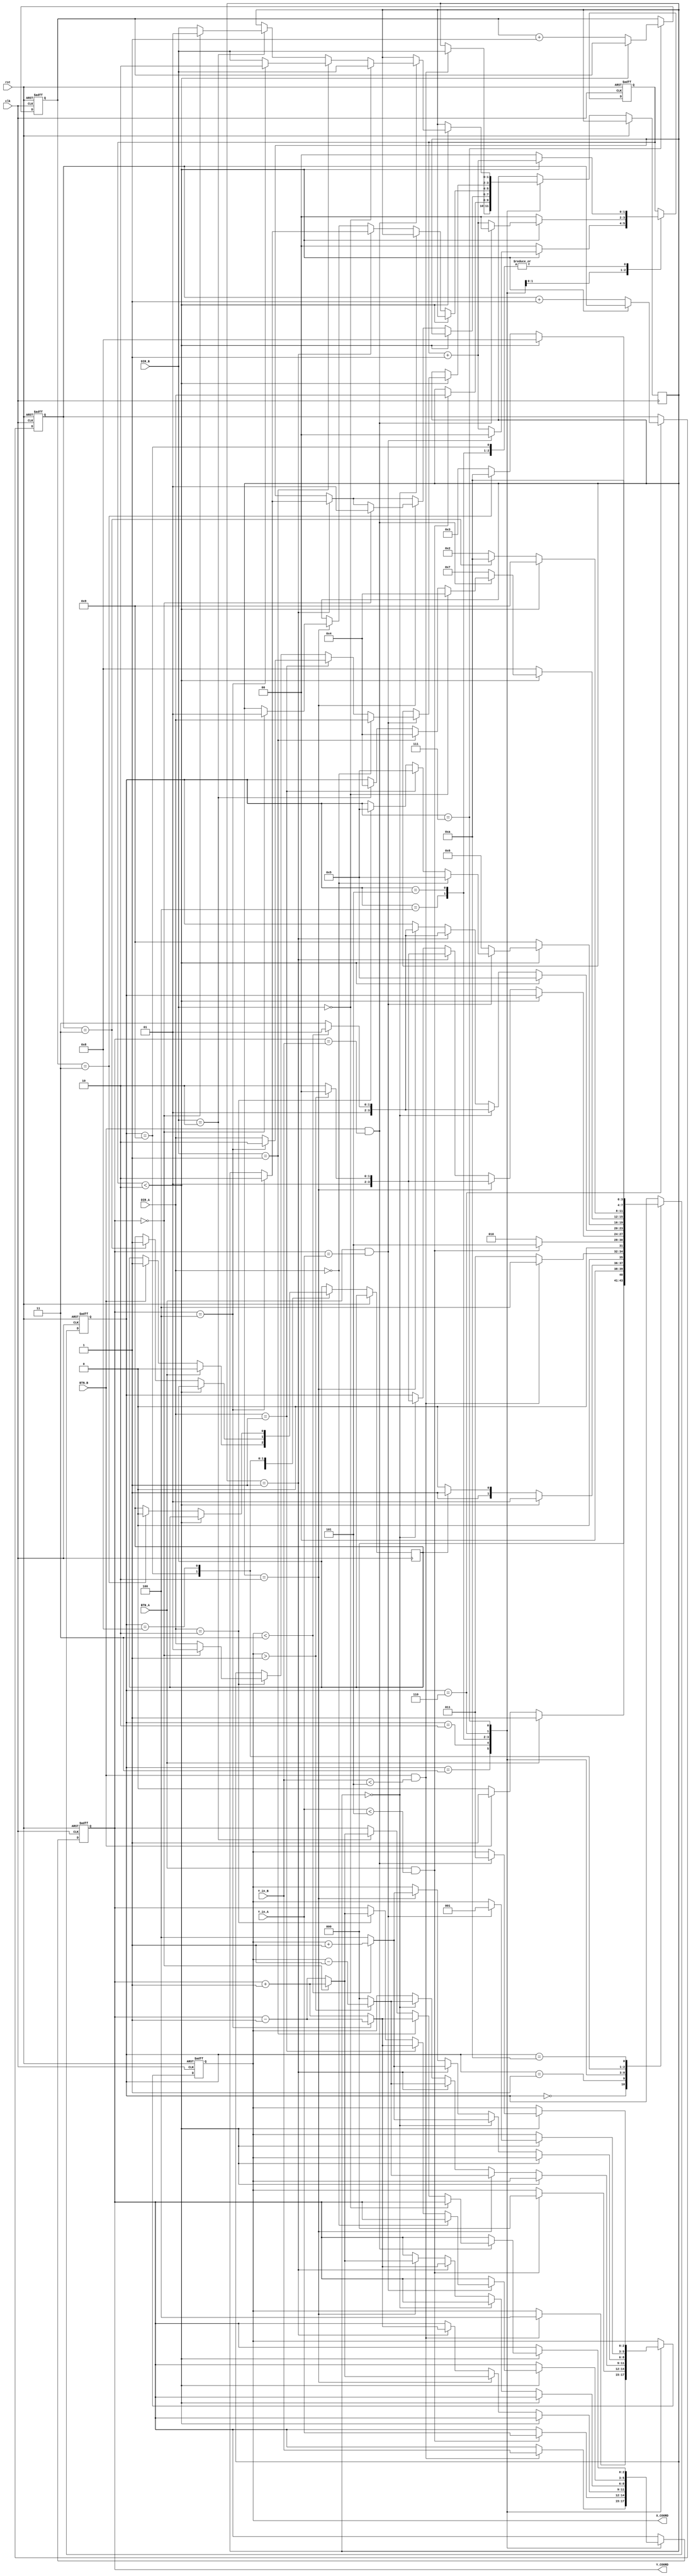
module hockey(

    input clk,
    input rst,
    
    input BTN_A,
    input BTN_B,
    
    input [1:0] DIR_A,
    input [1:0] DIR_B,
    
    input [2:0] Y_in_A,
    input [2:0] Y_in_B,
   
    /*output reg LEDA,
    output reg LEDB,
    output reg [4:0] LEDX,
    
    output reg [6:0] SSD7,
    output reg [6:0] SSD6,
    output reg [6:0] SSD5,
    output reg [6:0] SSD4, 
    output reg [6:0] SSD3,
    output reg [6:0] SSD2,
    output reg [6:0] SSD1,
    output reg [6:0] SSD0   */
	
	output reg [2:0] X_COORD,
	output reg [2:0] Y_COORD


  
  

    );

    parameter [3:0] IDLE = 0;
    parameter [3:0] DISP = 1;
    parameter [3:0] HIT_A = 2;
    parameter [3:0] HIT_B = 3;
    parameter [3:0] SEND_A = 4;
    parameter [3:0] SEND_B = 5; 
    parameter [3:0] RESP_A = 6;
    parameter [3:0] RESP_B = 7;
    parameter [3:0] GOAL_A = 8;
    parameter [3:0] GOAL_B = 9;
    parameter [3:0] END_state = 10;


    
    reg Turn;
    reg [1:0] Timer;
    reg [1:0] direction_Y;
    reg [1:0] Score_A;
    reg [1:0] Score_B;


    reg [3:0] State; 

    
    
    
    
    


    always @(posedge clk or posedge rst) //comb. part for state transitions
    begin

        if(rst) begin
            State <= IDLE;
            
            Timer <= 0;
            
            
            Score_A <= 0;
            Score_B <= 0;
            X_COORD <= 0;
            Y_COORD <= 0;


            
        end



        else begin
            
        
        case(State)
        IDLE:
        begin

        if(BTN_A  == 1)
        begin
            Turn<= 0;
            State <= DISP; 
        end

        else if(BTN_B == 1)begin
            Turn<= 1;  
            State <= DISP; 
        end

        else begin
            State <=IDLE ;
        end
        end


        DISP:
        begin
            if(Timer < 2) begin
                Timer <= Timer + 1;
                State <= DISP; 
            end

            else begin
                Timer <= 0 ;

                if(Turn == 1)begin
                    State <= HIT_B; 
                end

                else begin
                    State <= HIT_A; 
                end

            end

        end


        HIT_B: begin

        if(BTN_B == 1 && (Y_in_B <5)) begin
            X_COORD <= 4;
            Y_COORD <= Y_in_B;
            direction_Y <= DIR_B;
            State <= SEND_A; 
            
        end

        else begin
            State <= HIT_B; 
        end
        end

        HIT_A: begin

        if(BTN_A == 1 && (Y_in_A < 5)) begin
            X_COORD <= 0;
            Y_COORD <= Y_in_A;
            direction_Y <= DIR_A;
            State <= SEND_B; 

        end

        else begin
            State <= HIT_A; 
        end
        end

        SEND_A:  begin
            if(Timer < 2)begin
                Timer <= Timer + 1;
            end

            else begin
               Timer <= 0;

               if(direction_Y == 0) begin // straight direction
                if(X_COORD > 1)begin
                    X_COORD <= X_COORD -1;
                    State <= SEND_A;
                end

                else begin
                    X_COORD <= 0;
                    State <= RESP_A; 
                end
               end


               if(direction_Y == 2'b01)begin // up direction
                 if(Y_COORD == 4)begin
                    direction_Y <= 2'b10;
                    Y_COORD <= Y_COORD - 1;    
                    if(X_COORD > 1)begin
                        X_COORD <= X_COORD -1;
                        State <= SEND_A;  
                    end
                    else begin
                        X_COORD <= 0;
                        State <= RESP_A; 
                    end
                end

                else begin
                    Y_COORD <= Y_COORD + 1;
                    if(X_COORD > 1)begin
                        X_COORD <= X_COORD -1;
                        State <= SEND_A  ;    
                    end
                    else begin
                        X_COORD <= 0;
                        State <= RESP_A; 
                    end
                end
               end

               if(direction_Y == 2'b10)begin
                   if(Y_COORD == 0)begin
                    direction_Y <= 2'b01;
                    Y_COORD <= Y_COORD + 1; 

                    if(X_COORD > 1)begin
                        X_COORD <= X_COORD -1;
                        State <= SEND_A   ;   
                    end
                    else begin
                        X_COORD <= 0;
                        State <= RESP_A; 
                    end

                   end

                   else begin
                    Y_COORD <= Y_COORD - 1; 

                    if(X_COORD > 1)begin
                        X_COORD <= X_COORD -1;
                        State <= SEND_A  ;    
                    end
                    else begin
                        X_COORD <= 0;
                        State <= RESP_A; 
                    end
                   end



                end

            end

        end
      
        SEND_B: begin
            
            if(Timer < 2) begin
                Timer <= Timer + 1;
                State <= SEND_B;
            end

            else begin
                Timer <= 0;

                if(direction_Y == 2'b00) begin // straight
                    if(X_COORD < 3)begin
                        X_COORD <= X_COORD + 1;
                        State <= SEND_B;
                    end

                    else begin
                        X_COORD <= 4;
                        State <= RESP_B;
                    end
                end

                else if(direction_Y == 2'b01)begin
                    if(Y_COORD == 4)begin
                        direction_Y <= 2'b10;
                        Y_COORD <= Y_COORD - 1;
                         
                        if(X_COORD < 3)begin
                            X_COORD <= X_COORD + 1;
                            State <= SEND_B;
                        end
    
                        else begin
                            X_COORD <= 4;
                            State <= RESP_B;
                        end


                    end

                    else begin
                        Y_COORD <= Y_COORD + 1;

                        if(X_COORD < 3)begin
                            X_COORD <= X_COORD + 1;
                            State <= SEND_B;
                        end
    
                        else begin
                            X_COORD <= 4;
                            State <= RESP_B;
                        end
                    end
                    
                end


                else if(direction_Y == 2'b10) begin
                        if(Y_COORD == 0)begin

                            direction_Y <= 2'b01;
                            Y_COORD <= Y_COORD + 1;

                            if(X_COORD < 3)begin
                                X_COORD <= X_COORD + 1;
                                State <= SEND_B;
                            end
        
                            else begin
                                X_COORD <= 4;
                                State <= RESP_B;
                            end
                        end

                        else begin
                            Y_COORD <= Y_COORD - 1;

                            if(X_COORD < 3)begin
                                X_COORD <= X_COORD + 1;
                                State <= SEND_B;
                            end
        
                            else begin
                                X_COORD <= 4;
                                State <= RESP_B;
                            end
                         end
                end

            end
        end


    RESP_A: begin
    
     if(Timer < 2)begin

        if(BTN_A == 1 && (Y_COORD == Y_in_A))begin
          X_COORD <= 1;
          Timer <= 0;
        
          if(DIR_A == 2'b00) begin
            direction_Y <= DIR_A;
            State <= SEND_B;
            end

          else if(DIR_A == 2'b01) begin

            if(Y_COORD == 4)begin
                direction_Y <= 2'b10;
                Y_COORD <= Y_COORD -1;
                State <= SEND_B;
            end

            else begin
                direction_Y <= DIR_A;
                Y_COORD <= Y_COORD +1;
                State <= SEND_B;

            end
            
          end


          else if(DIR_A == 2'b10)begin
            
            if(Y_COORD == 0)begin
                direction_Y <= 2'b01;
                Y_COORD <= Y_COORD + 1;
                State <= SEND_B;

            end

            else begin
                direction_Y <= DIR_A;
                Y_COORD <= Y_COORD - 1;
                State <= SEND_B;
            end



          end


        end

        else begin
            Timer <=Timer + 1;
            State <= RESP_A;
    
    
         end
        
     end

     else begin
        Timer <= 0;
        Score_B <= Score_B + 1;

        State <= GOAL_B;

     end

    end




    RESP_B: begin
        
    if(Timer < 2)begin
       if(BTN_B == 1 && (Y_COORD == Y_in_B))begin
        X_COORD <= 3;
        Timer <= 0;

        if(DIR_B == 2'b00)begin
            direction_Y <= DIR_B;
            State <= SEND_A;
        end

        else if(DIR_B == 2'b01) begin
            if(Y_COORD == 4)begin
                direction_Y <= 2'b10;
                Y_COORD <= Y_COORD -1;
                State <= SEND_A;
            end

            else begin
                direction_Y <= DIR_B   ;
                Y_COORD <= Y_COORD + 1;
                State <= SEND_A;
            end
        end

        else if(DIR_B == 2'b10) begin

            if(Y_COORD == 0)begin
                direction_Y <= 2'b01;
                Y_COORD <= Y_COORD +1;
                State <= SEND_A;
            end

            else begin
                direction_Y <= DIR_B;
                Y_COORD <= Y_COORD -1;
                State <= SEND_A;
            end
            
        end


       end

       else begin
        Timer <= Timer + 1;
        State <= RESP_B;
       end
    end


    else begin
        Timer <= 0;
        Score_A <= Score_A + 1;

        State <= GOAL_A; 
    end

    end

    
   
  
    GOAL_B: begin
        if(Timer < 2) begin
            Timer <= Timer + 1;
            State <= GOAL_B; 
        end

        else begin
            Timer <= 0;

            if(Score_B == 3) begin
                Turn <= 1; 
                State <= END_state; 
            end

            else begin
                State <= HIT_A; 
            end
        end


    end

    GOAL_A: begin
        
    if(Timer < 2)begin
        Timer <= Timer + 1;
        State <= GOAL_A; 
    end
   
    else begin
        Timer <= 0;

        if(Score_A == 3)begin
            Turn <= 0;
            State <= END_state; 
        end

        else begin
            State <= HIT_B; 
        end
    end




    end
    

    END_state: begin
        State <= END_state; 
    end





endcase

end

end




    
    
endmodule